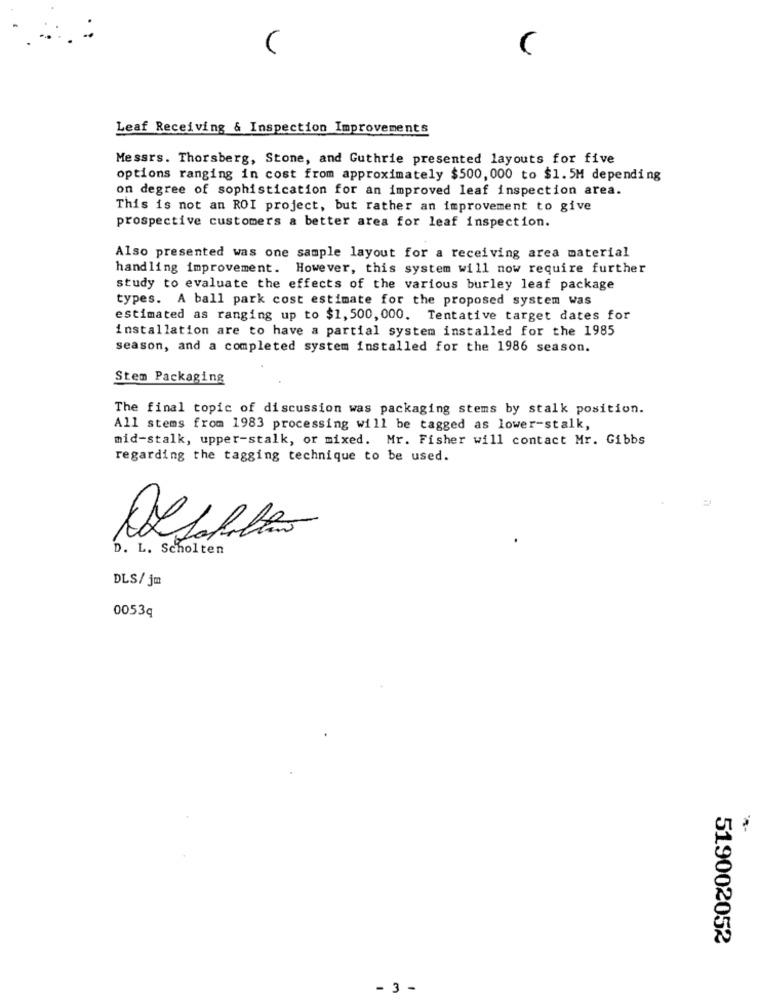
Leaf Receiving & Inspection Improvements
Messrs. Thorsberg, Stone, and Guthrie presented layouts for five
options ranging in cost from approximately $500, 000 to $1.5M depending
on degree of sophistication for an improved leaf inspection area.
This is not an ROI project, but rather an improvement to give
prospective customers a better area for leaf inspection.
Also presented was one sample layout for a receiving area material
handling improvement. However, this system will now require further
study to evaluate the effects of the various burley leaf package
types. A ball park cost estimate for the proposed system was
estimated as ranging up to $1,500, 000. Tentative target dates for
installation are to have a partial system installed for the 1985
season, and a completed system installed for the 1986 season.
Stem Packaging
The final topic of discussion was packaging stems by stalk position.
All stems from 1983 processing will be tagged as lower-stalk,
mid-stalk, upper-stalk, or mixed. Mr. Fisher will contact Mr. Gibbs
regarding the tagging technique to be used.
D. L. Scholten
DLS/ jm
0053q
519002052
-